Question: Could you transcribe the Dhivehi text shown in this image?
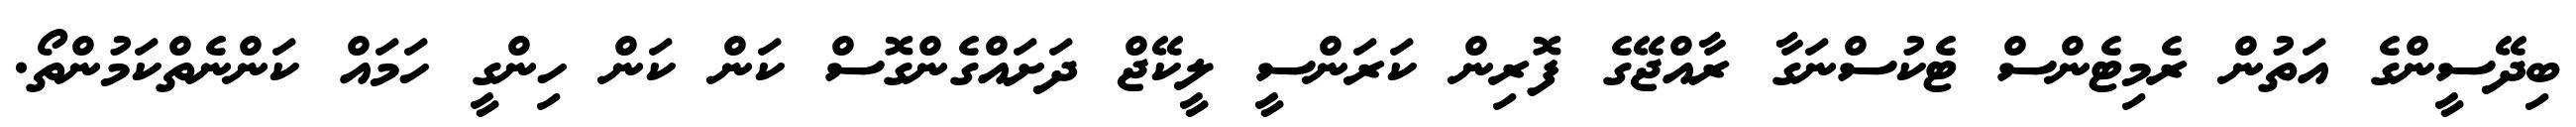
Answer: ބިދޭސީންގެ އަތުން ރެމިޓެންސް ޓެކުސްނަގާ ރާއްޖޭގެ ފޮރިން ކަރަންސީ ލީކޭޖް ދަށައްގެންގޮސް ކަން ކަން ހިންގީ ހަމައް ކަންނެތްކަމުންތޯ.